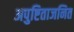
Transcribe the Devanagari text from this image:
अपुष्टिताजनित